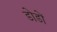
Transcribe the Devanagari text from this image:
डोडों